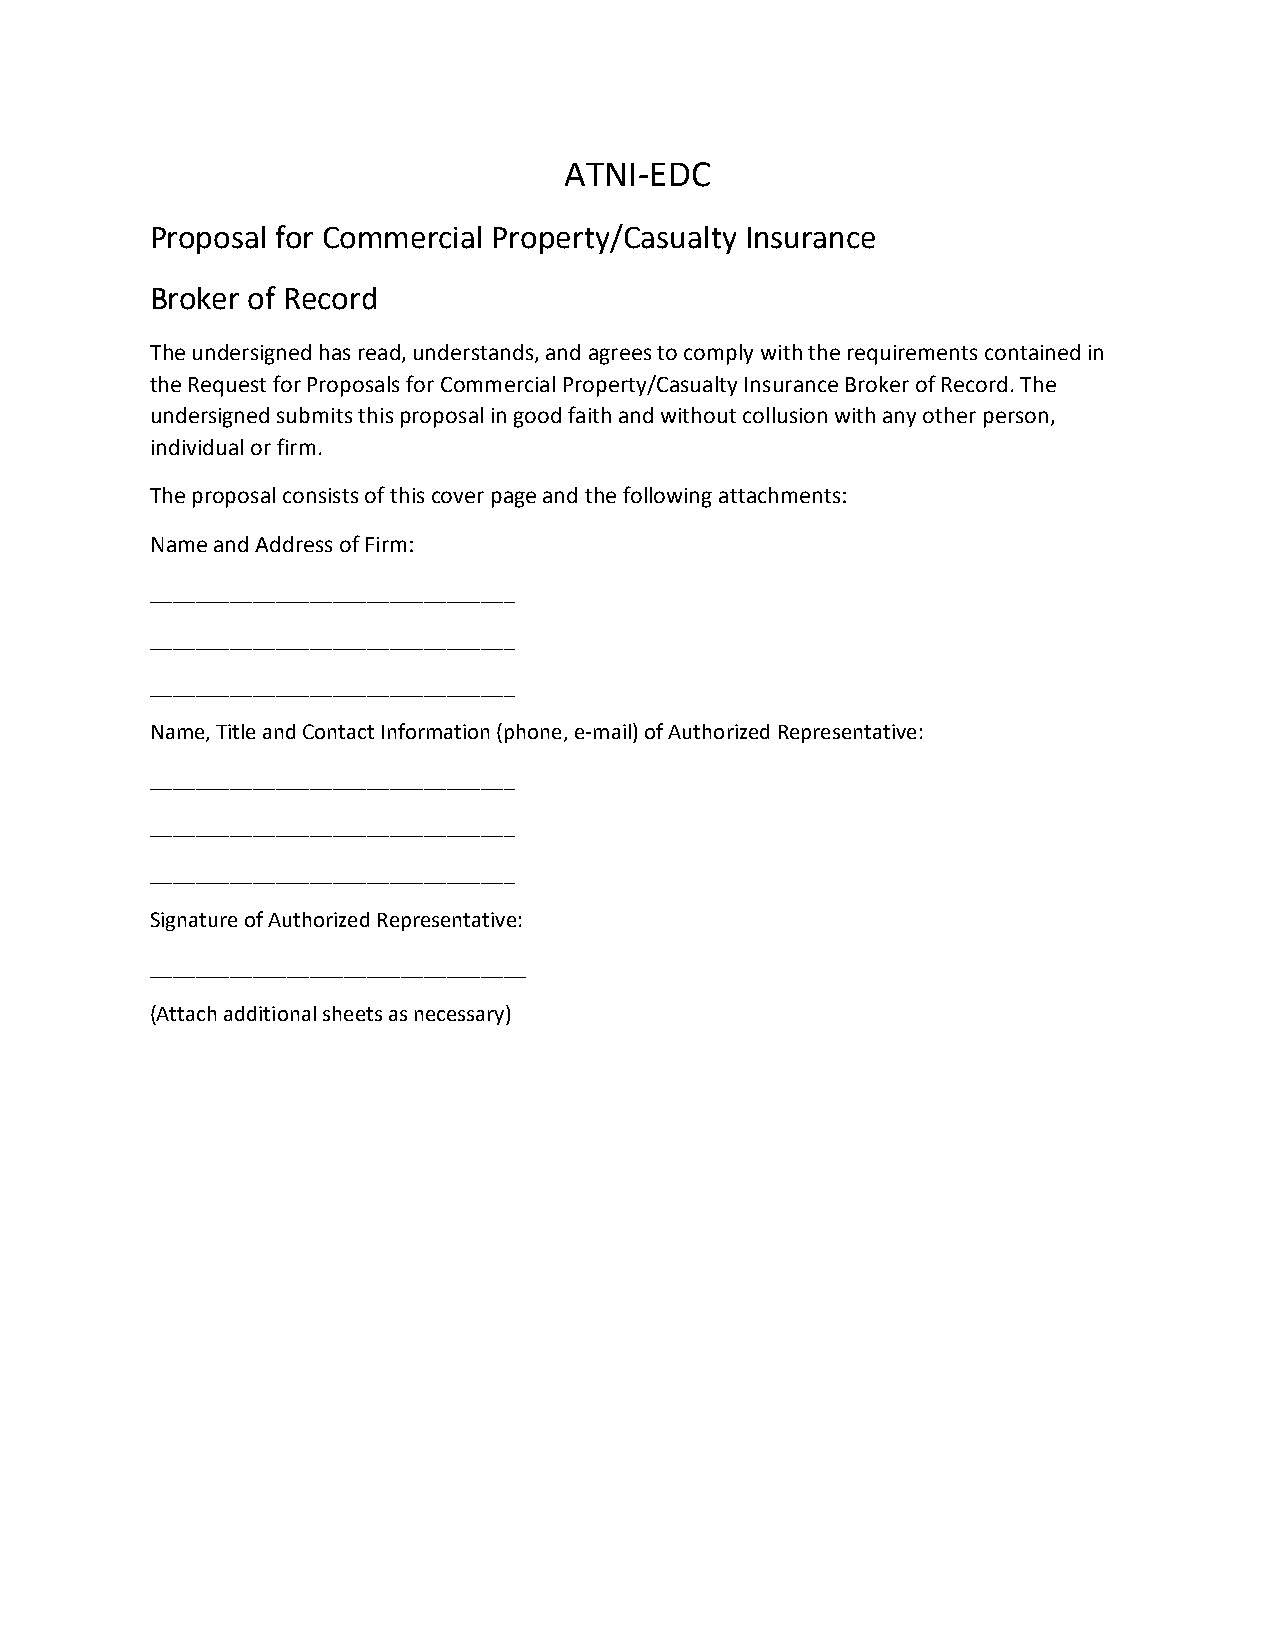
ATNI‐EDC
 Proposal for Commercial Property/Casualty Insurance
 Broker of Record
 The undersigned has read, understands, and agrees to comply with the requirements contained in
 the Request for Proposals for Commercial Property/Casualty Insurance Broker of Record. The
 undersigned submits this proposal in good faith and without collusion with any other person,
 individual or firm.
 The proposal consists of this cover page and the following attachments:
 Name and Address of Firm:
 ________________________________
 ________________________________
 ________________________________
 Name, Title and Contact Information (phone, e‐mail) of Authorized Representative:
 ________________________________
 ________________________________
 ________________________________
 Signature of Authorized Representative:
 _________________________________
 (Attach additional sheets as necessary)